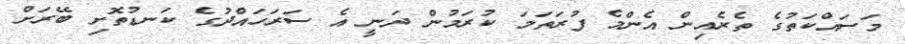
މަސައްކަތުގެ ތެރެއިން އެންމެ ފުރަތަމަ ކުރަމުން ދަނީ އެ ސަރަހައްދުގެ ކަނޑުތޮށި ބޭރަށް